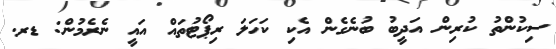
ސިކުންތު ކުރިން އަދީބު ބުނެގެން އެކި ކަހަލަ ރިޕޯޓުތައް އައީ ނެރެމުން: ޑރ.